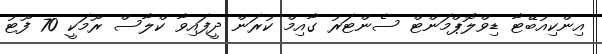
އިންކިއުބޭޓާ ޑިވްލޮޕްމަންޓް ސެންޓަރު ގާއިމް ކުރަން ދީފައިވާ ކްލާސް ރޫމަކީ 70 ފޫޓު